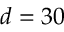
d = 3 0